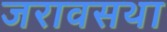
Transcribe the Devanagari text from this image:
जरावसथा